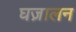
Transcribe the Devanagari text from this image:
घज़ालन